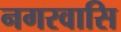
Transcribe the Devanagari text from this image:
नगरवासि